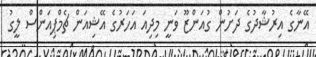
އޭނާގެ އިރުޝާދުގެ ދަށުން ގުއަންޒޫ ވަނީ މިދިއަ އަހަރުގެ އޭޝިއަން ޗެމްޕިއަންސް ލީގު